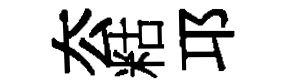
厺䊀邛